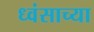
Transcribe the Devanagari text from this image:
ध्वंसाच्या